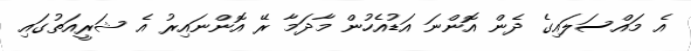
އެ މައްސަލައިގެ ދެން އޮންނަ އަޑުއެހުން މާދަމާ ރޭ އޮންނައިރު އެ ޝަރީއަތުގައި